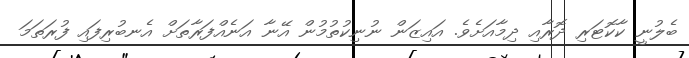
ބެލުނީ ކާކޮޓަރި ދޮރާއި ދިމާއަށެވެ. އައިޒަން ނުނިކުތުމުން އޭނާ އަނެއްފަރާތަށް އެނބުރިފައި ފުރަތަމަ